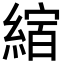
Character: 𦂨